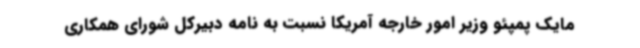
مایک پمپئو وزیر امور خارجه آمریکا نسبت به نامه دبیرکل شورای همکاری